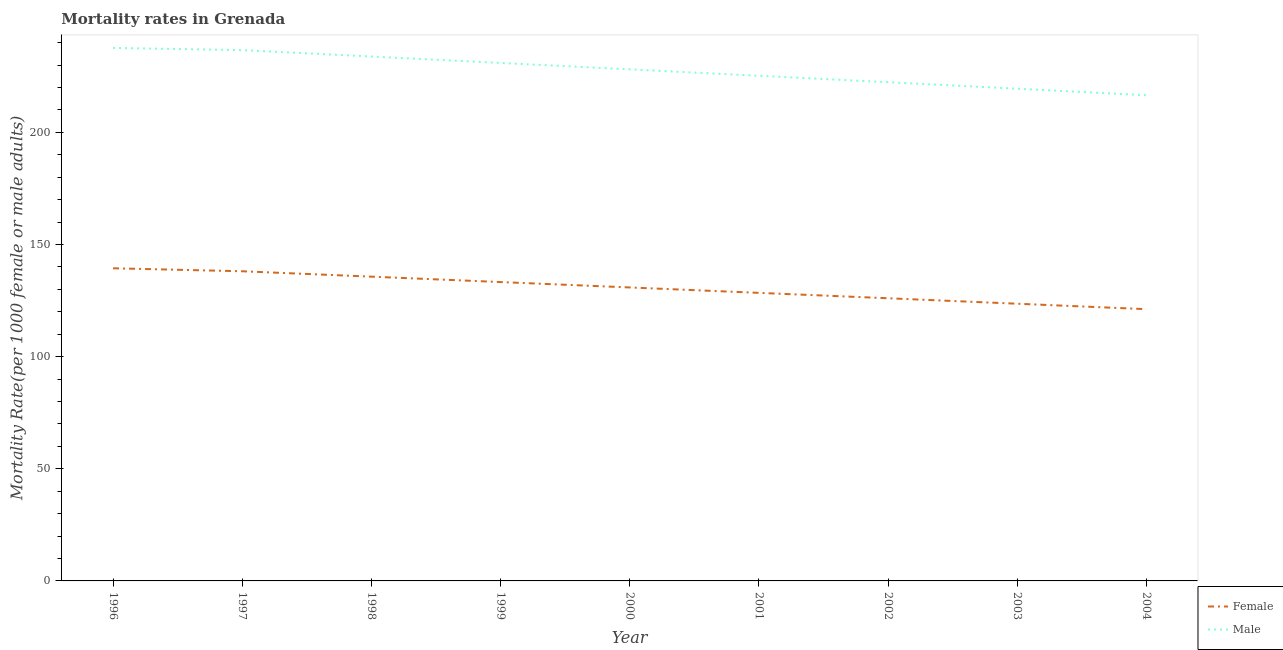
| Year | Female | Male |
 | --- | --- | --- |
 | 1996 | 139 | 238 |
 | 1997 | 138 | 237 |
 | 1998 | 136 | 234 |
 | 1999 | 133 | 231 |
 | 2000 | 131 | 228 |
 | 2001 | 128 | 225 |
 | 2002 | 126 | 222 |
 | 2003 | 124 | 219 |
 | 2004 | 121 | 217 |